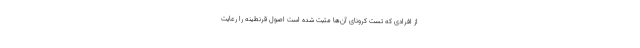
از افرادی که تست کرونای آن‌ها مثبت شده است اصول قرنطینه را رعایت